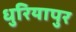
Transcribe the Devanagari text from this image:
धुरियापुर